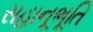
સહાનૂભૂતિ